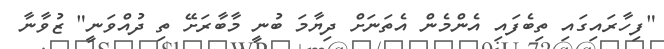
"ފިހާރައިގައި ތިބެފައި އެންމެން އެތަނަށް ދިޔާމަ ބުނީ މާބާރަށޭ ތި ދުއްވަނީ" ޒުވާނާ